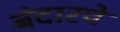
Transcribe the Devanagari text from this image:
बंदारचे